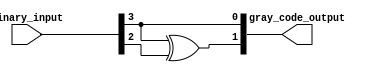
module gray_code_priority_encoder (
    input [3:0] binary_input,
    output [1:0] gray_code_output
);

assign gray_code_output = {binary_input[3] ^ binary_input[2], binary_input[3]};

endmodule